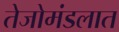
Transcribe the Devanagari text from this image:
तेजोमंडलात